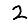
Digit: 2